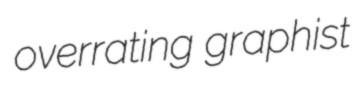
overrating graphist